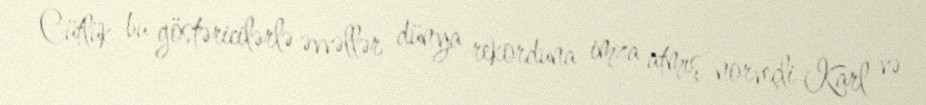
Cütlük bu göstəricilərlə əvvəllər dünya rekorduna imza atmış norveçli Karl və